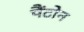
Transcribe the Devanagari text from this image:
पैंटोन